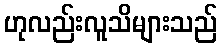
ဟုလည်းလူသိများသည်